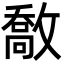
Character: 敿